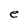
Character: e